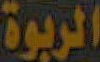
الربوة